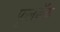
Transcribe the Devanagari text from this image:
फुलबॅक